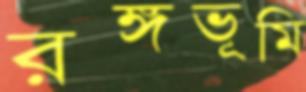
রঙ্গভূমি